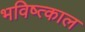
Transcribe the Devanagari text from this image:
भविष्त्काल